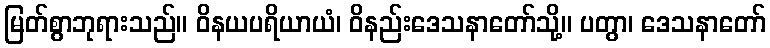
မြတ်စွာဘုရားသည်။ ဝိနယပရိယာယံ၊ ဝိနည်းဒေသနာတော်သို့။ ပတွာ၊ ဒေသနာတော်